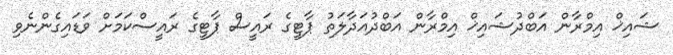
ޝައިޚް އިމްރާން އަބްދުޝައިޚް އިމްރާން އަބްދުއަދާލަތު ޕާޓީގެ ރައީސް ޕާޓީގެ ރައީސްކަމަށް ވަޑައިގެންނެވި